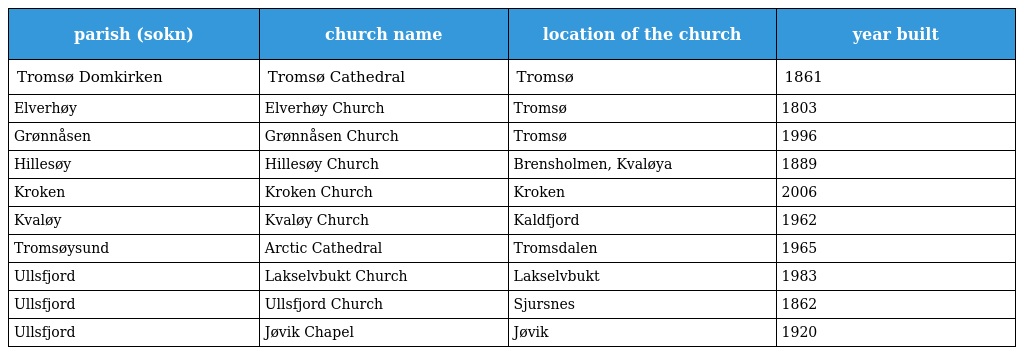
| parish (sokn) | church name | location of the church | year built |
 | --- | --- | --- | --- |
 | Tromsø Domkirken | Tromsø Cathedral | Tromsø | 1861 |
 | Elverhøy | Elverhøy Church | Tromsø | 1803 |
 | Grønnåsen | Grønnåsen Church | Tromsø | 1996 |
 | Hillesøy | Hillesøy Church | Brensholmen, Kvaløya | 1889 |
 | Kroken | Kroken Church | Kroken | 2006 |
 | Kvaløy | Kvaløy Church | Kaldfjord | 1962 |
 | Tromsøysund | Arctic Cathedral | Tromsdalen | 1965 |
 | Ullsfjord | Lakselvbukt Church | Lakselvbukt | 1983 |
 | Ullsfjord | Ullsfjord Church | Sjursnes | 1862 |
 | Ullsfjord | Jøvik Chapel | Jøvik | 1920 |